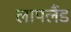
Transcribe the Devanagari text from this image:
लापलैंड